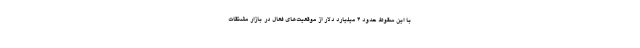
با این سقوط حدود ۴ میلیارد دلار از موقعیت‌های فعال در بازار مشتقات